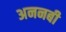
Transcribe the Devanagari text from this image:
अननबी